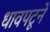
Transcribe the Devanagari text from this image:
धावपटूने